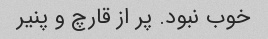
خوب نبود. پر از قارچ و پنیر